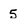
Character: 5